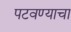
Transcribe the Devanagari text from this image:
पटवण्याचा